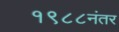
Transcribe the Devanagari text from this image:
१९८८नंतर